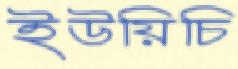
ইউয়িচি